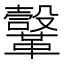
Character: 𩍤